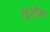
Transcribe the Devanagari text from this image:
गूजेज़